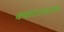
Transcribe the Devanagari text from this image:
क्वाटरस्टाफ